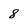
Character: 8